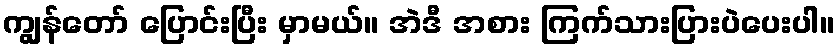
ကျွန်တော် ပြောင်းပြီး မှာမယ်။ အဲဒီ အစား ကြက်သားပြားပဲပေးပါ။